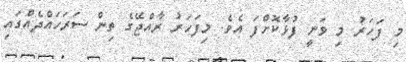
މި ފަހަރު މި ވަނީ ފުޅާކޮށްފަ އެވެ. މިފަހަރު ރާއްޖޭގެ ތިން ސަރަހައްދެއްގައި